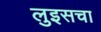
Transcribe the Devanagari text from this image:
लुइसचा